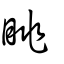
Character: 眺